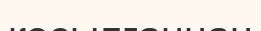
косылғаннан